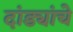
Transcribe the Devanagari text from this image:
दांड्यांचे